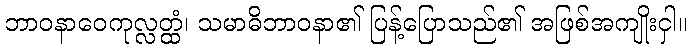
ဘာဝနာဝေကုလ္လတ္ထံ၊ သမာဓိဘာဝနာ၏ ပြန့်ပြောသည်၏ အဖြစ်အကျိုးငှါ။